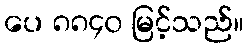
ပေ ၈၈၄၀ မြင့်သည်။